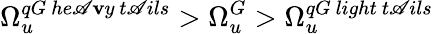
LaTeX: \Omega_{u}^{qG\ he\mathscr{A}\mathbf{v}y\ t\mathscr{A}ils}>\Omega_{u}^{G}>\Omega_{u}^{qG\ light\ t\mathscr{A}ils}